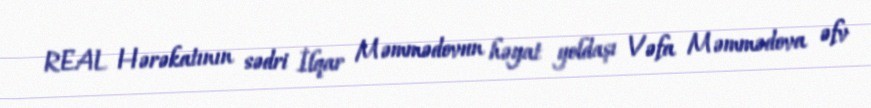
REAL Hərəkatının sədri İlqar Məmmədovun həyat yoldaşı Vəfa Məmmədova əfv